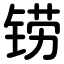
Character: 铹